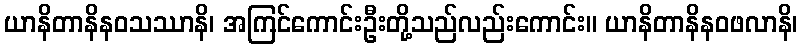
ယာနိတာနိနဝသဿာနိ၊ အကြင်ကောင်းဦးတို့သည်လည်းကောင်း။ ယာနိတာနိနဝဖလာနိ၊